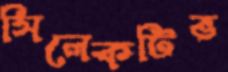
সিলেকটিভ